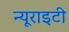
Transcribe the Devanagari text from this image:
न्यूराइटी